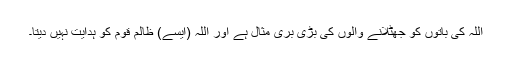
اللہ کی باتوں کو جھٹلانے والوں کی بڑی بری مثال ہے اور اللہ (ایسے) ظالم قوم کو ہدایت نہیں دیتا۔